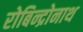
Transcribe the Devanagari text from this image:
रोबिन्द्रोनाथ